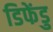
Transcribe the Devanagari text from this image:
डिफेंडु